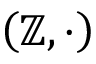
\left( \mathbb { Z } , \cdot \right)